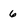
Character: 6